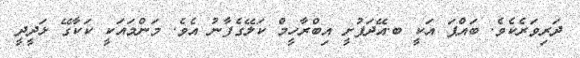
ދަރިވަރެކެވެ. ބައްޕަ އަކީ ބ.އޭދަފުށީ އިބްރާހީމް ކަލޭގެފާނު އެވެ. މަންމައަކީ ކަކާގޭ ޅަދީދީ